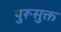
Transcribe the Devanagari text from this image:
पुरूसुक्त